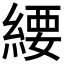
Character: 䌁